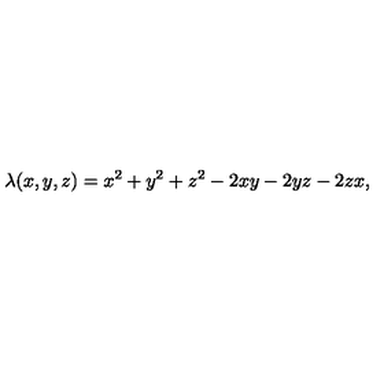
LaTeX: \lambda ( x , y , z ) = x ^ { 2 } + y ^ { 2 } + z ^ { 2 } - 2 x y - 2 y z - 2 z x ,